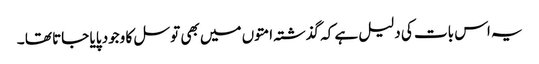
یہ اس بات کی دلیل ہے کہ گذشتہ امتوں میں بھی توسل کا وجود پایا جاتا تھا ۔